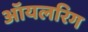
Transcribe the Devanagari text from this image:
ऑयलरिग